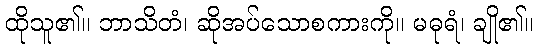
ထိုသူ၏။ ဘာသိတံ၊ ဆိုအပ်သောစကားကို။ မဓုရံ၊ ချို၏။